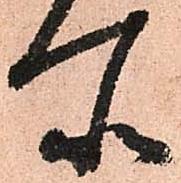
所